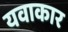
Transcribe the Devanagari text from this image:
यवाकार